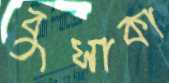
বুসাকা